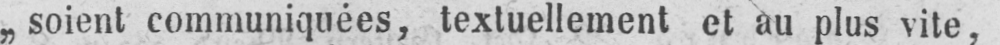
„soient communiquées, textuellement et au plus vite,